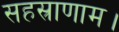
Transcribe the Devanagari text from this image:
सहस्राणाम।